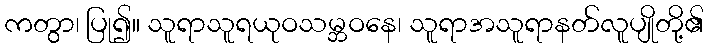
ကတွာ၊ ပြု၍။ သူရာသူရယုဝသမ္ဘဝနေ၊ သူရာအသူရာနတ်လူပျိုတို့၏